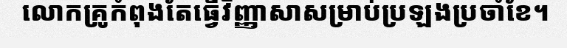
លោកគ្រូកំពុងតែធ្វើវិញ្ញាសាសម្រាប់ប្រឡងប្រចាំខែ។